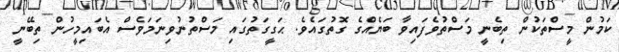
ކަމުން މީސްތަކުން ތިބެނީ މަސްތުވެފައިވާ ބަޔެއްގެ ގޮތުގައެވެ. ޙަގީގަތުގައި މަސްތުނުވިނަމަވެސް އެބައިމީހުން ތިބޭނީ